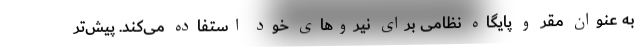
به عنوان مقر و پایگاه نظامی برای نیروهای خود استفاده می‌کند. پیش‌تر